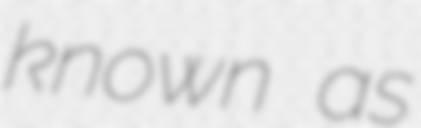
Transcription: known as